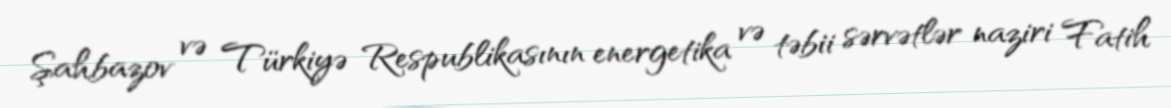
Şahbazov və Türkiyə Respublikasının energetika və təbii sərvətlər naziri Fatih